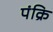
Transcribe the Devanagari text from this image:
पंक्रि